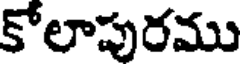
కోలాపురము